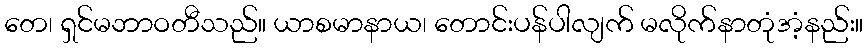
တေ၊ ရှင်မဘာဝတီသည်။ ယာစမာနာယ၊ တောင်းပန်ပါလျက် မလိုက်နာတုံအံ့နည်း။